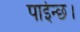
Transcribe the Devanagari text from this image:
पाईन्छ।